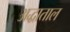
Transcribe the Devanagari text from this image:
अद्धाताल